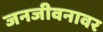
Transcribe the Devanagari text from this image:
जनजीवनावर